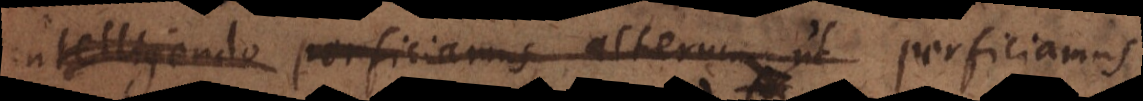
intelligendo perficiamus alterum ut